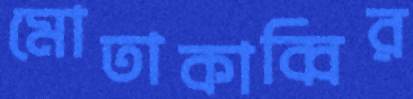
মোতাকাব্বির